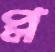
প্ল